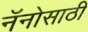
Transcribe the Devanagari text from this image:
नॅनोसाठी